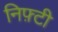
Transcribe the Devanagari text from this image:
निफ़्टी